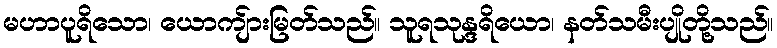
မဟာပူရိသော၊ ယောကျ်ားမြတ်သည်။ သူရသုန္ဒရိယော၊ နတ်သမီးပျိုတို့သည်။